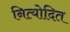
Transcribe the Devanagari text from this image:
नित्योदित